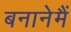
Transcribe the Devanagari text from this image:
बनानेमैं